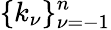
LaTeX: \{ k_{\nu}\} _{\nu=-1}^{n}